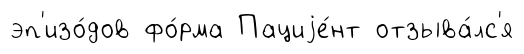
эп'изо́дов фо́рма Пациjе́нт отзыва́лс'я